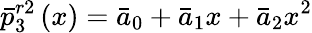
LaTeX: \bar{p}_{3}^{r2}\left(x\right)={{\bar{a}}_{0}}+{{\bar{a}}_{1}}x+{{\bar{a}}_{2}}{{x}^{2}}